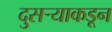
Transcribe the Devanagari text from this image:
दुसर्‍याकडून